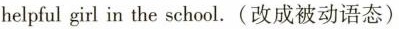
helpful girl in the school.(改成被动语态)